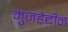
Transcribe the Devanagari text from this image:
मुजहेद्दीन